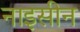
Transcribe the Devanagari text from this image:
नाइसीन